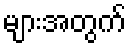
များအတွက်